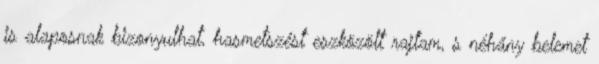
is alaposnak bizonyulhat, hasmetszést eszközölt rajtam, s néhány belemet